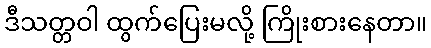
ဒီသတ္တဝါ ထွက်ပြေးမလို့ ကြိုးစားနေတာ။